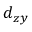
d _ { z y }